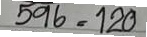
596 = 120